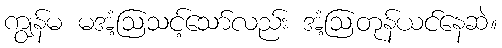
ကျွန်မ မအံ့ဩသင့်သော်လည်း အံ့ဩတုန်ယင်နေဆဲ။